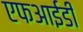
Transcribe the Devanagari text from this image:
एफआईडी